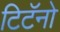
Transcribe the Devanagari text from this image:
टिटॅनो